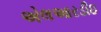
એલઆરડીઇ